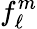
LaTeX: f_{\ell}^{m}